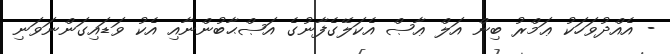
- އެއްދުވަހަކު ޢަމްރު ބިން އަލް ޢާޞް އެކަލޭގެފާނުގެ އަޞްޙާާބުންނާއި އެކު ވަޑައިގަންނަވަނި